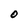
Character: O